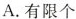
A.有限个